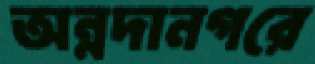
অন্নদানগরে